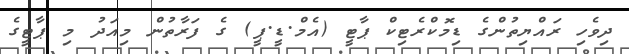
ދިވެހި ރައްޔިތުންގެ ޑިމޮކްރެޓިކް ޕާޓީ (އެމް.ޑީ.ޕީ) ގެ ފަރާތުން މިއަދު މި ޕާޓީގެ